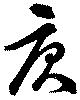
庚